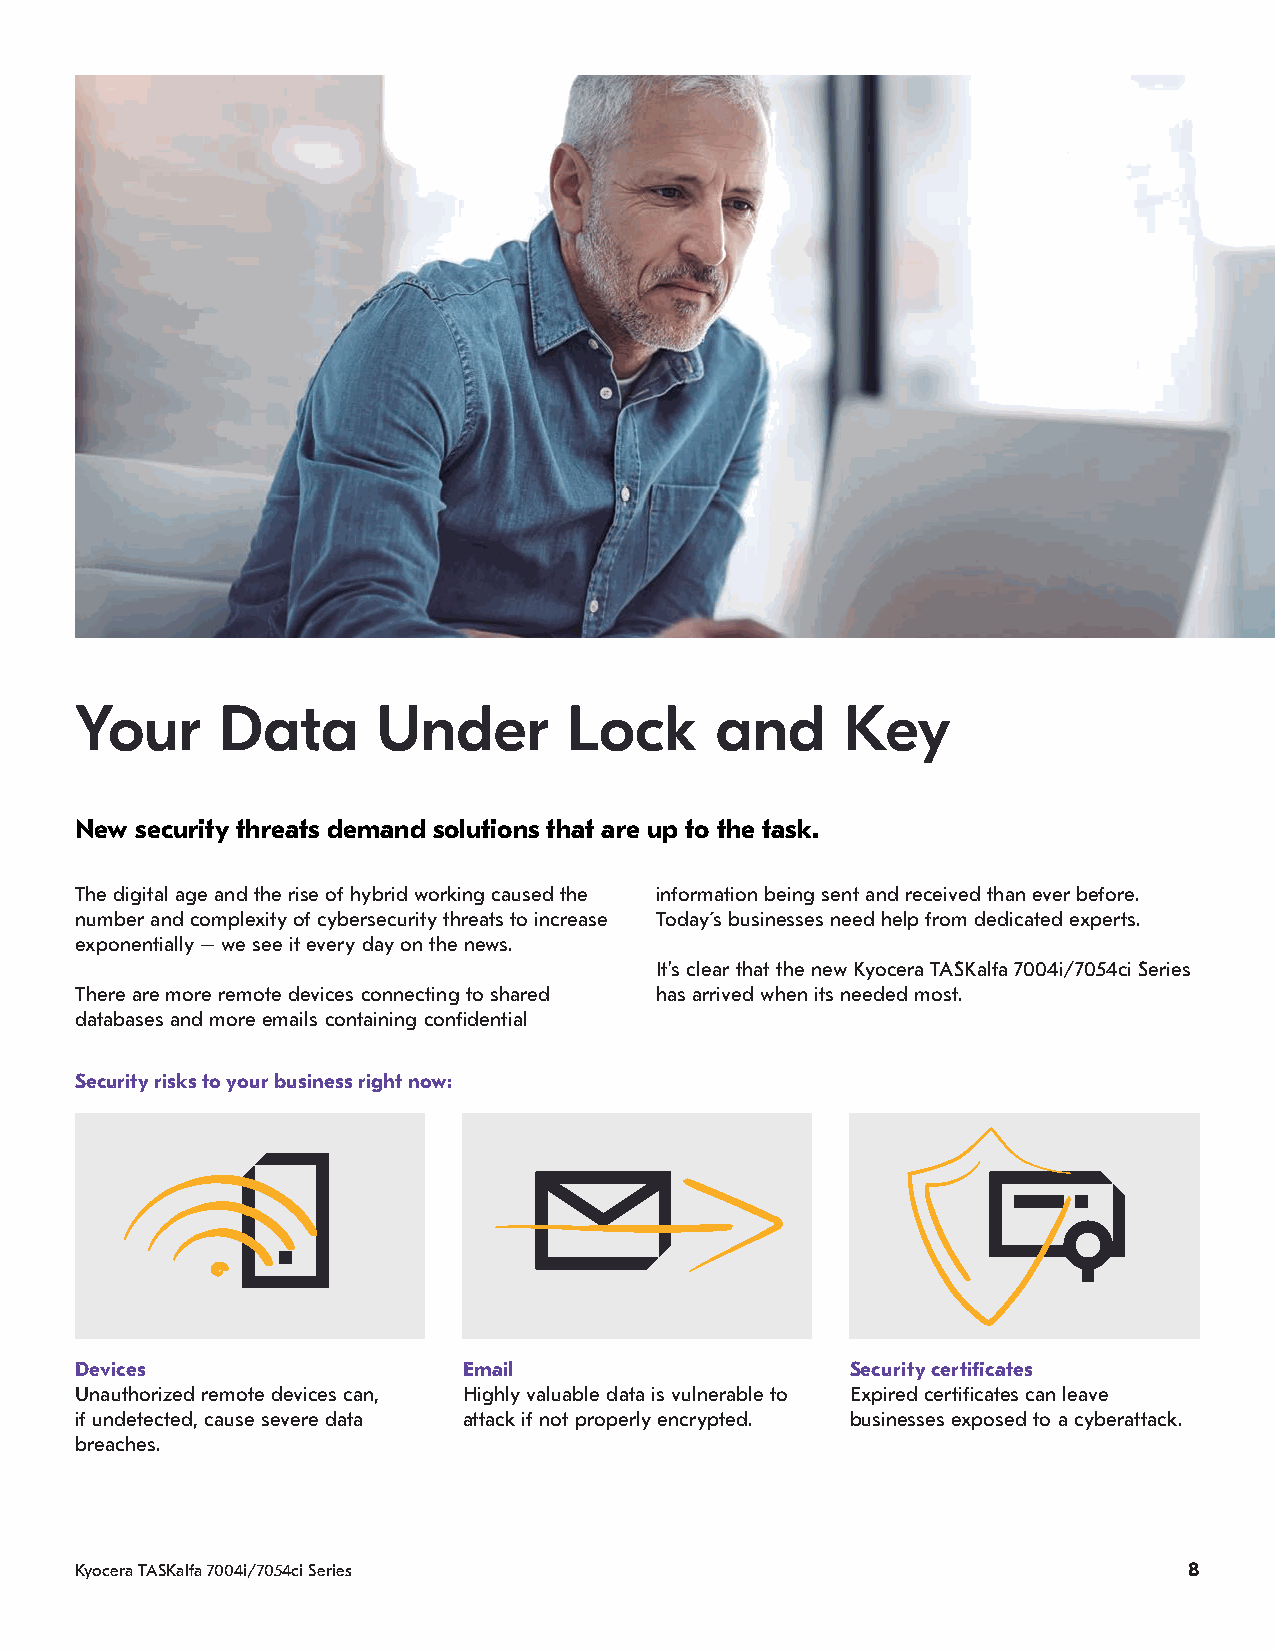
Your      Data      Under        Lock     and      Key
 New security threats demand solutions that are up to the task.
 The digital age and the rise of hybrid working caused the information being sent and received than ever before.
 number and complexity of cybersecurity threats to increase Today´s businesses need help from dedicated experts.
 exponentially – we see it every day on the news.
 It’s clear that the new Kyocera TASKalfa 7004i/7054ci Series
 There are more remote devices connecting to shared has arrived when its needed most.
 databases and more emails containing confidential
 Security risks to your business right now:
 Devices                   Email                    Security certificates
 Unauthorized remote devices can, Highly valuable data is vulnerable to Expired certificates can leave
 if undetected, cause severe data attack if not properly encrypted. businesses exposed to a cyberattack.
 breaches.
 Kyocera TASKalfa 7004i/7054ci Series                                      8